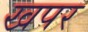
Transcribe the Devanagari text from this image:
खपर